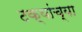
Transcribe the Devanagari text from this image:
टक्यांच्या